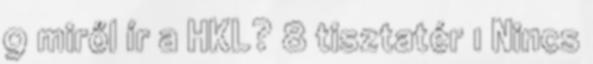
9 miről ír a HKL? 8 tisztatér 1 Nincs